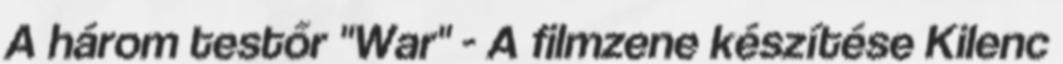
A három testőr "War" - A filmzene készítése Kilenc